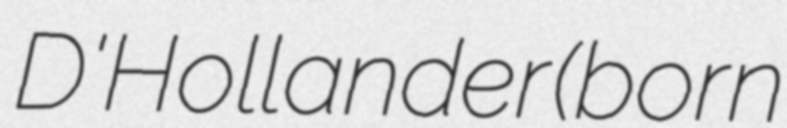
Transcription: D'Hollander (born